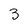
Character: 3